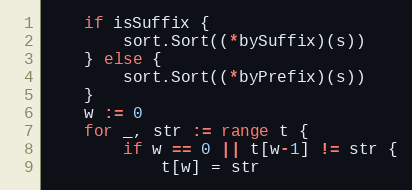
Language: Go
	if isSuffix {
		sort.Sort((*bySuffix)(s))
	} else {
		sort.Sort((*byPrefix)(s))
	}
	w := 0
	for _, str := range t {
		if w == 0 || t[w-1] != str {
			t[w] = str